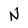
Character: N